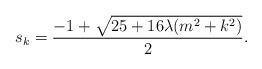
LaTeX: \begin{align*}s_k = \frac{-1 + \sqrt{25 + 16 \lambda (m^2 + k^2)}}{2}.\end{align*}